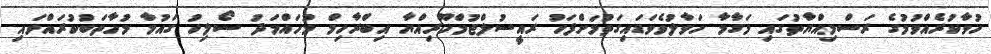
ހުވާކުރެއްވުމުގެ ރަސްމިއްޔާތުގައި މަގާމާ ހަވާލުވެވަޑައިގަތުމަށްފަހު ރައީސުލްޖުމްހޫރިއްޔާ އިބްރާހިމް މުހައްމަދު ސޯލިހު ގައުމާ މުހާތަބުކުރައްވައި